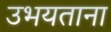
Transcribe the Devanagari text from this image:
उभयताना